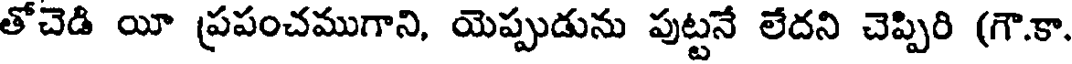
తోచెడి యీ ప్రపంచముగాని, యెప్పుడును పుట్టనే లేదని చెప్పిరి (గౌ.కా,